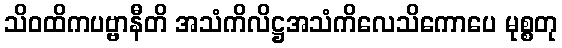
သိဝထိကပဗ္ဗာနီတိ အသံကိလိဋ္ဌအသံကိလေသိကောပေ မုစ္စတု